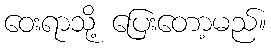
ဝေးရာသို့ ပြေးတော့မည်။